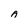
Character: A